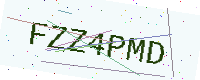
Text: FZZ4PMD